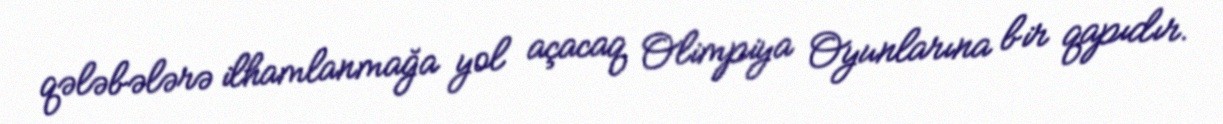
qələbələrə ilhamlanmağa yol açacaq Olimpiya Oyunlarına bir qapıdır.